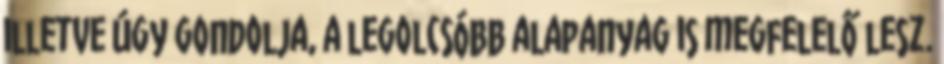
illetve úgy gondolja, a legolcsóbb alapanyag is megfelelő lesz.